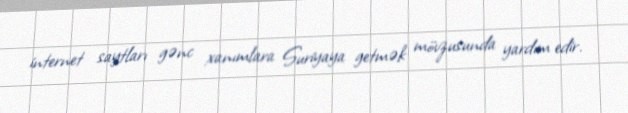
internet saytları gənc xanımlara Suriyaya getmək mövzusunda yardım edir.